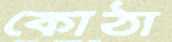
কোঠা